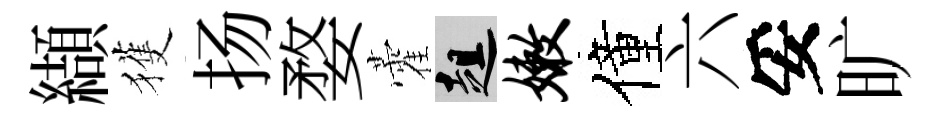
纈獲扬婺藿趄嫩僮六妥旷